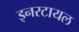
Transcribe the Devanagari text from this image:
इनरटायल